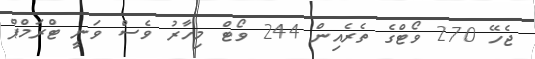
ޖެހޭ 270 ވޯޓްގެ ތެރެއިން 244 ވޯޓް މިހާރު ވެސް ވަނީ ޓްރަމްޕް